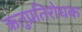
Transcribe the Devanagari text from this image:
ऋतुप्रतिरोधक